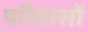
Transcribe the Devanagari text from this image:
परिहासों